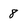
Character: 8